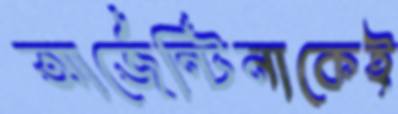
আর্জেন্টিনাকেই